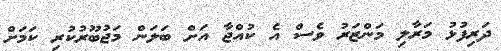
ދަރިފުޅު މަރާލި މަންޒަރު ވެސް އެ ކުއްޖާ އަށް ބަލަން މަޖުބޫރުކުރި ކަމަށް